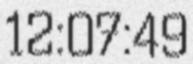
12:07:49